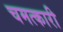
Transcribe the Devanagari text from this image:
चमत्‍कारी